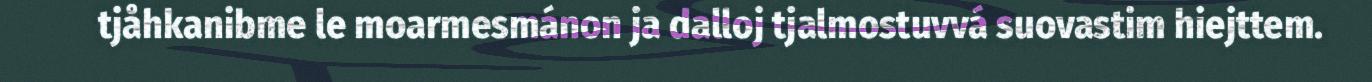
tjåhkanibme le moarmesmánon ja dalloj tjalmostuvvá suovastim hiejttem.